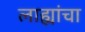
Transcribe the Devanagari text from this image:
लाह्यांचा